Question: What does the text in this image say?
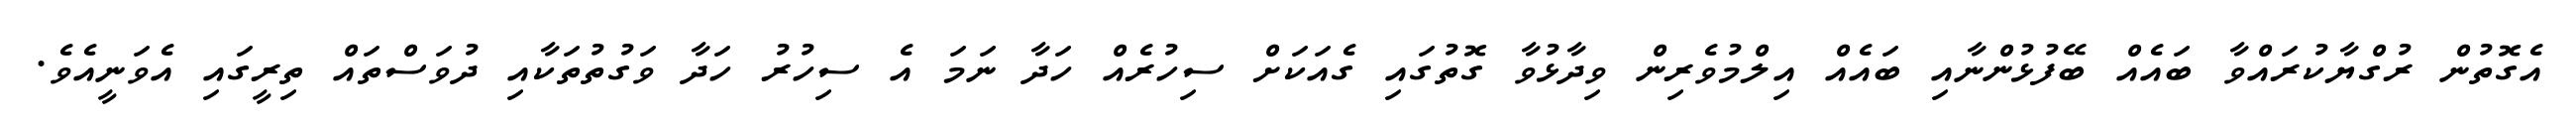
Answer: އެގޮތުން ރުގްޔާކުރައްވާ ބައެއް ބޭފުޅުންނާއި ބައެއް އިލްމުވެރިން ވިދާޅުވާ ގޮތުގައި ގެއަކަށް ސިހުރެއް ހަދާ ނަމަ އެ ސިހުރު ހަދާ ވަގުތުތަކާއި ދުވަސްތައް ތިރީގައި އެވަނީއެވެ.